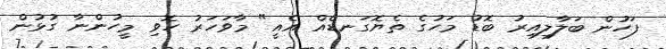
ފަހުން ބަލާލިއިރު ބޮޑު މަހުގެ ތެޔޮގަނޑެއް އެއީ" މާވަހަރު ހޮވިި މީހުންނާ ގުޅުން